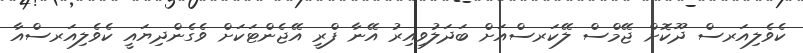
ކެވެލިއަރސް ދޫކޮށް ޖޭމްސް ލޭކަރސްއަށް ބަދަލުވިއިރު އޭނާ ފްރީ އޭޖެންޓަކަށް ވެގެންދިޔައީ ކެވެލިއަރސްއާ